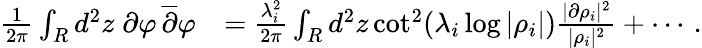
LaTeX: \begin{array}{rl}{{\frac{1}{2\pi}}\int_{R}d^{2}z\; \partial\varphi\, \overline{{\partial}}\varphi}&{={\frac{\lambda_{i}^{2}}{2\pi}}\int_{R}d^{2}z\cot^{2}(\lambda_{i}\log|\rho_{i}|){\frac{|\partial\rho_{i}|^{2}}{|\rho_{i}|^{2}}}+\cdots\, .}\end{array}